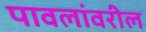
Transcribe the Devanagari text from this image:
पावलांवरील